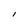
Character: I